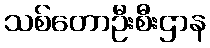
သစ်တောဦးစီးဌာန